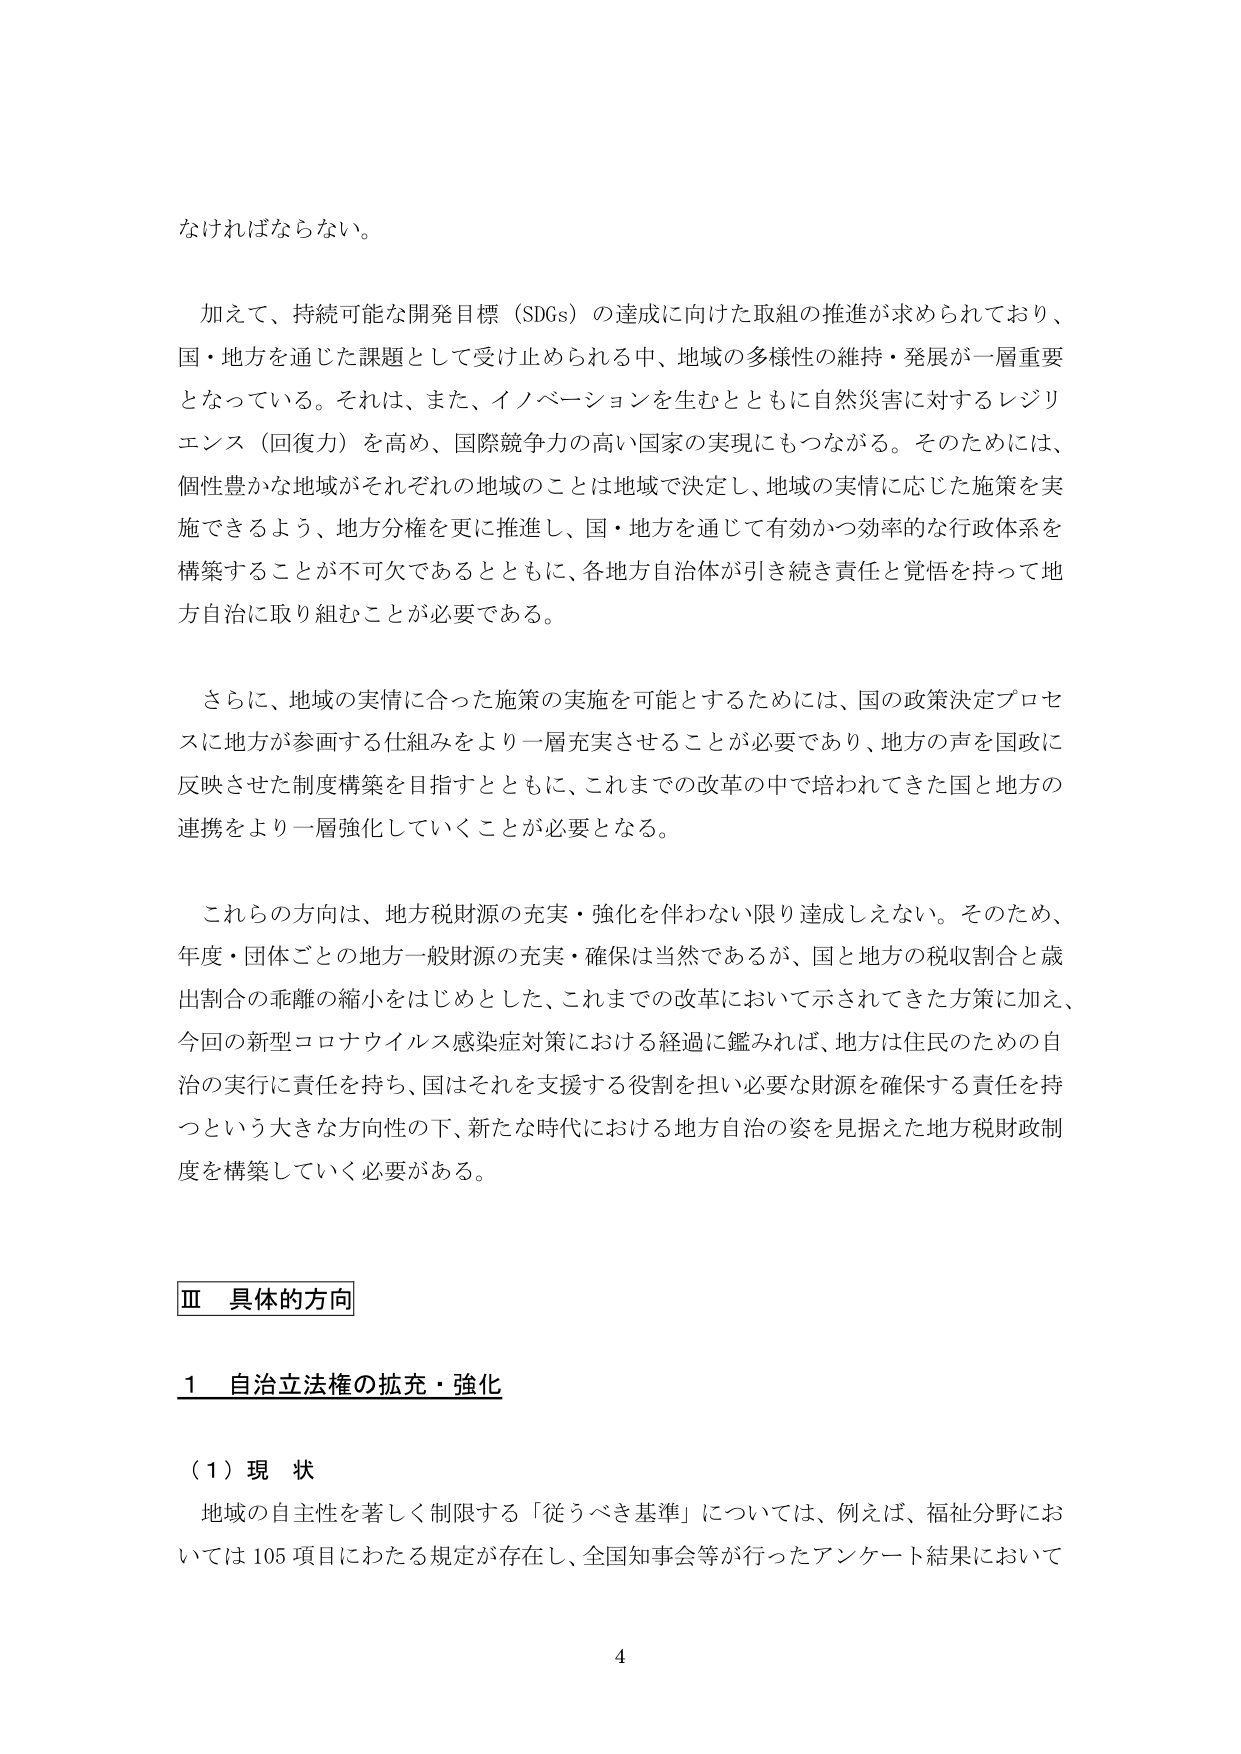
なければならない。

加えて、持続可能な開発目標（SDGs）の達成に向けた取組の推進が求められており、
国・地方を通じた課題として受け止められる中、地域の多様性の維持・発展が一層重要
となっている。それは、また、イノベーションを生むとともに自然災害に対するレジリ
エンス（回復力）を高め、国際競争力の高い国家の実現にもつながる。そのためには、
個性豊かな地域がそれぞれの地域のことは地域で決定し、地域の実情に応じた施策を実
施できるよう、地方分権を更に推進し、国・地方を通じて有効かつ効率的な行政体系を
構築することが不可欠であるとともに、各地方自治体が引き続き責任と覚悟を持って地
方自治に取り組むことが必要である。

さらに、地域の実情に合った施策の実施を可能とするためには、国の政策決定プロセ
スに地方が参画する仕組みをより一層充実させることが必要であり、地方の声を国政に
反映させた制度構築を目指すとともに、これまでの改革の中で培われてきた国と地方の
連携をより一層強化していくことが必要となる。

これらの方向は、地方税財源の充実・強化を伴わない限り達成しえない。そのため、
年度・団体ごとの地方一般財源の充実・確保は当然であるが、国と地方の税収割合と歳
出割合の乖離の縮小をはじめとした、これまでの改革において示されてきた方策に加え、
今回の新型コロナウイルス感染症対策における経過に鑑みれば、地方は住民のための自
治の実行に責任を持ち、国はそれを支援する役割を担い必要な財源を確保する責任を持
つという大きな方向性の下、新たな時代における地方自治の姿を見据えた地方税財政制
度を構築していく必要がある。

Ⅲ 具体的方向

1 自治立法権の拡充・強化

（1）現 状
地域の自主性を著しく制限する「従うべき基準」については、例えば、福祉分野にお
いては105項目にわたる規定が存在し、全国知事会等が行ったアンケート結果において

4